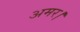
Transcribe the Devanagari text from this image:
अमर।